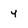
Character: 4